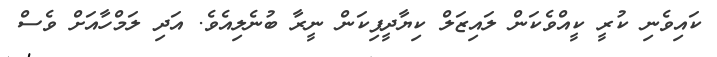
ކައިވެނި ކުރީ ކީއްވެކަން ލައިޒަލް ކިޔާދީފިކަން ނީރާ ބުނެލިއެވެ. އަދި ލަމްހާއަށް ވެސް